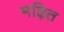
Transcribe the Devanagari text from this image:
मढ़ित